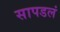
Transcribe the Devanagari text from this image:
सापडलं